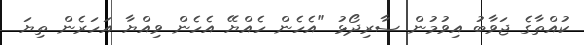
ކުއްތާގެ ޖަވާބު އިވުމުން ސާރިދޯޅު "އެހެން ހެއްޔޭ އެހެން ވިއްޔާ އަހަރެން ތިޔަ